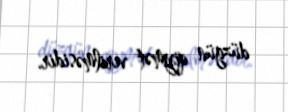
düzgün qiymət verilməsidir.